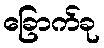
ခြောက်ခု